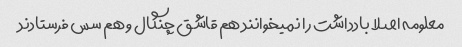
معلومه اصلا بادداشت را نمیخوانند هم قاشق چنگال و هم سس فرستادند‌